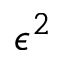
\epsilon ^ { 2 }